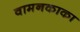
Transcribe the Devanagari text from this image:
वामनकाका